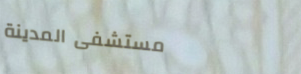
مستشفى المدينة